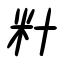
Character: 籵